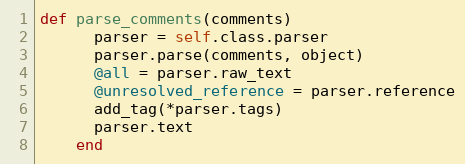
Language: Ruby
def parse_comments(comments)
      parser = self.class.parser
      parser.parse(comments, object)
      @all = parser.raw_text
      @unresolved_reference = parser.reference
      add_tag(*parser.tags)
      parser.text
    end